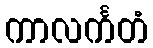
ကာလင်္ကတံ